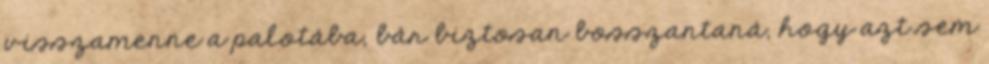
visszamenne a palotába, bár biztosan bosszantaná, hogy azt sem